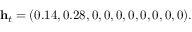
\mathbf { h } _ { t } = ( 0 . 1 4 , 0 . 2 8 , 0 , 0 , 0 , 0 , 0 , 0 , 0 , 0 ) .